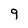
Character: 9